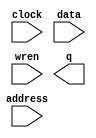
// megafunction wizard: %RAM: 1-PORT%VBB%
// GENERATION: STANDARD
// VERSION: WM1.0
// MODULE: altsyncram 

// ============================================================
// Megafunction Name(s):
// 			altsyncram
//
// Simulation Library Files(s):
// 			altera_mf
// ============================================================
// ************************************************************
// THIS IS A WIZARD-GENERATED FILE. DO NOT EDIT THIS FILE!
//
// 15.0.0 Build 145 04/22/2015 SJ Full Version
// ************************************************************

//Copyright (C) 1991-2015 Altera Corporation. All rights reserved.
//Your use of Altera Corporation's design tools, logic functions 
//and other software and tools, and its AMPP partner logic 
//functions, and any output files from any of the foregoing 
//(including device programming or simulation files), and any 
//associated documentation or information are expressly subject 
//to the terms and conditions of the Altera Program License 
//Subscription Agreement, the Altera Quartus II License Agreement,
//the Altera MegaCore Function License Agreement, or other 
//applicable license agreement, including, without limitation, 
//that your use is for the sole purpose of programming logic 
//devices manufactured by Altera and sold by Altera or its 
//authorized distributors.  Please refer to the applicable 
//agreement for further details.

module SIN (
	address,
	clock,
	data,
	wren,
	q);

	input	[7:0]  address;
	input	  clock;
	input	[15:0]  data;
	input	  wren;
	output	[15:0]  q;
`ifndef ALTERA_RESERVED_QIS
// synopsys translate_off
`endif
	tri1	  clock;
`ifndef ALTERA_RESERVED_QIS
// synopsys translate_on
`endif

endmodule

// ============================================================
// CNX file retrieval info
// ============================================================
// Retrieval info: PRIVATE: ADDRESSSTALL_A NUMERIC "0"
// Retrieval info: PRIVATE: AclrAddr NUMERIC "0"
// Retrieval info: PRIVATE: AclrByte NUMERIC "0"
// Retrieval info: PRIVATE: AclrData NUMERIC "0"
// Retrieval info: PRIVATE: AclrOutput NUMERIC "0"
// Retrieval info: PRIVATE: BYTE_ENABLE NUMERIC "0"
// Retrieval info: PRIVATE: BYTE_SIZE NUMERIC "8"
// Retrieval info: PRIVATE: BlankMemory NUMERIC "0"
// Retrieval info: PRIVATE: CLOCK_ENABLE_INPUT_A NUMERIC "0"
// Retrieval info: PRIVATE: CLOCK_ENABLE_OUTPUT_A NUMERIC "0"
// Retrieval info: PRIVATE: Clken NUMERIC "0"
// Retrieval info: PRIVATE: DataBusSeparated NUMERIC "1"
// Retrieval info: PRIVATE: IMPLEMENT_IN_LES NUMERIC "0"
// Retrieval info: PRIVATE: INIT_FILE_LAYOUT STRING "PORT_A"
// Retrieval info: PRIVATE: INIT_TO_SIM_X NUMERIC "0"
// Retrieval info: PRIVATE: INTENDED_DEVICE_FAMILY STRING "MAX 10"
// Retrieval info: PRIVATE: JTAG_ENABLED NUMERIC "1"
// Retrieval info: PRIVATE: JTAG_ID STRING "SS"
// Retrieval info: PRIVATE: MAXIMUM_DEPTH NUMERIC "0"
// Retrieval info: PRIVATE: MIFfilename STRING "sine16.mif"
// Retrieval info: PRIVATE: NUMWORDS_A NUMERIC "256"
// Retrieval info: PRIVATE: RAM_BLOCK_TYPE NUMERIC "0"
// Retrieval info: PRIVATE: READ_DURING_WRITE_MODE_PORT_A NUMERIC "4"
// Retrieval info: PRIVATE: RegAddr NUMERIC "1"
// Retrieval info: PRIVATE: RegData NUMERIC "1"
// Retrieval info: PRIVATE: RegOutput NUMERIC "0"
// Retrieval info: PRIVATE: SYNTH_WRAPPER_GEN_POSTFIX STRING "0"
// Retrieval info: PRIVATE: SingleClock NUMERIC "1"
// Retrieval info: PRIVATE: UseDQRAM NUMERIC "1"
// Retrieval info: PRIVATE: WRCONTROL_ACLR_A NUMERIC "0"
// Retrieval info: PRIVATE: WidthAddr NUMERIC "8"
// Retrieval info: PRIVATE: WidthData NUMERIC "16"
// Retrieval info: PRIVATE: rden NUMERIC "0"
// Retrieval info: LIBRARY: altera_mf altera_mf.altera_mf_components.all
// Retrieval info: CONSTANT: CLOCK_ENABLE_INPUT_A STRING "BYPASS"
// Retrieval info: CONSTANT: CLOCK_ENABLE_OUTPUT_A STRING "BYPASS"
// Retrieval info: CONSTANT: INIT_FILE STRING "sine16.mif"
// Retrieval info: CONSTANT: INTENDED_DEVICE_FAMILY STRING "MAX 10"
// Retrieval info: CONSTANT: LPM_HINT STRING "ENABLE_RUNTIME_MOD=YES,INSTANCE_NAME=SS"
// Retrieval info: CONSTANT: LPM_TYPE STRING "altsyncram"
// Retrieval info: CONSTANT: NUMWORDS_A NUMERIC "256"
// Retrieval info: CONSTANT: OPERATION_MODE STRING "SINGLE_PORT"
// Retrieval info: CONSTANT: OUTDATA_ACLR_A STRING "NONE"
// Retrieval info: CONSTANT: OUTDATA_REG_A STRING "UNREGISTERED"
// Retrieval info: CONSTANT: POWER_UP_UNINITIALIZED STRING "FALSE"
// Retrieval info: CONSTANT: READ_DURING_WRITE_MODE_PORT_A STRING "NEW_DATA_WITH_NBE_READ"
// Retrieval info: CONSTANT: WIDTHAD_A NUMERIC "8"
// Retrieval info: CONSTANT: WIDTH_A NUMERIC "16"
// Retrieval info: CONSTANT: WIDTH_BYTEENA_A NUMERIC "1"
// Retrieval info: USED_PORT: address 0 0 8 0 INPUT NODEFVAL "address[7..0]"
// Retrieval info: USED_PORT: clock 0 0 0 0 INPUT VCC "clock"
// Retrieval info: USED_PORT: data 0 0 16 0 INPUT NODEFVAL "data[15..0]"
// Retrieval info: USED_PORT: q 0 0 16 0 OUTPUT NODEFVAL "q[15..0]"
// Retrieval info: USED_PORT: wren 0 0 0 0 INPUT NODEFVAL "wren"
// Retrieval info: CONNECT: @address_a 0 0 8 0 address 0 0 8 0
// Retrieval info: CONNECT: @clock0 0 0 0 0 clock 0 0 0 0
// Retrieval info: CONNECT: @data_a 0 0 16 0 data 0 0 16 0
// Retrieval info: CONNECT: @wren_a 0 0 0 0 wren 0 0 0 0
// Retrieval info: CONNECT: q 0 0 16 0 @q_a 0 0 16 0
// Retrieval info: GEN_FILE: TYPE_NORMAL SIN.v TRUE
// Retrieval info: GEN_FILE: TYPE_NORMAL SIN.inc FALSE
// Retrieval info: GEN_FILE: TYPE_NORMAL SIN.cmp FALSE
// Retrieval info: GEN_FILE: TYPE_NORMAL SIN.bsf FALSE
// Retrieval info: GEN_FILE: TYPE_NORMAL SIN_inst.v FALSE
// Retrieval info: GEN_FILE: TYPE_NORMAL SIN_bb.v TRUE
// Retrieval info: LIB_FILE: altera_mf